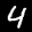
Label: 4